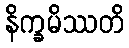
နိက္ခမိဿတိ